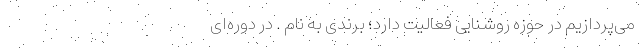
می‌پردازیم در حوزه روشنایی فعالیت دارد؛ برندی به نام . در دوره‌ای